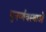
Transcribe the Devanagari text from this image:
पुनर्व्यवस्थाओं